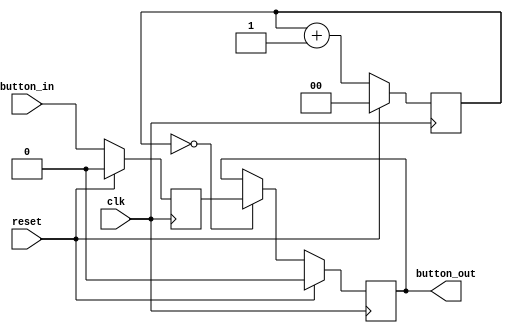
module debouncer(
    output reg button_out,
    input clk,
    input reset,
    input button_in
    );

    reg [1:0] count;
    reg button_tmp;

    always @(posedge clk) begin
        if (reset == 1) begin
            count <= 0;
            button_tmp <= 0;
            button_out <= 0;
        end else begin
            count <= count + 1;
            button_tmp <= button_in;

            if (count == 0) begin
                button_out <= button_tmp;
            end
        end
    end
endmodule